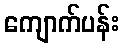
ကျောက်ပန်း